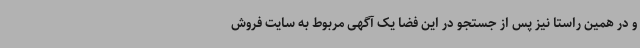
و در همین راستا نیز پس از جستجو در این فضا یک آگهی مربوط به سایت فروش